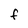
Character: f